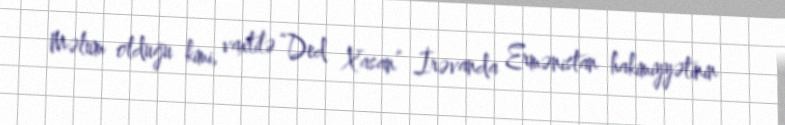
Məlum olduğu kimi, vaxtilə “Ded Xasan” İrəvanda Ermənistan hakimiyyətinin